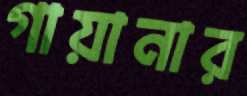
গায়ানার